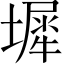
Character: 墀